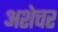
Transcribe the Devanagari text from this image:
अशेचर